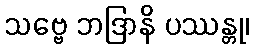
သဗ္ဗေ ဘဒြာနိ ပဿန္တု၊